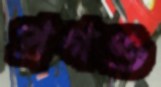
প্রগণ্ড